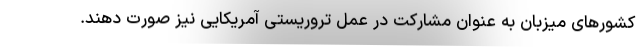
کشورهای میزبان به عنوان مشارکت در عمل تروریستی آمریکایی نیز صورت دهند.